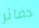
دفاتر